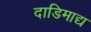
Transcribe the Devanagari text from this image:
दाडिमाद्य